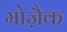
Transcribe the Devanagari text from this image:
मोजै़क